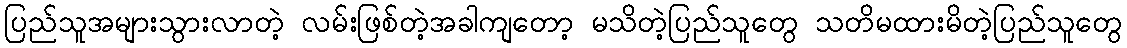
ပြည်သူအများသွားလာတဲ့ လမ်းဖြစ်တဲ့အခါကျတော့ မသိတဲ့ပြည်သူတွေ သတိမထားမိတဲ့ပြည်သူတွေ